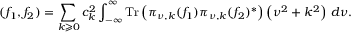
( f _ { 1 } , f _ { 2 } ) = \sum _ { k \geqslant 0 } c _ { k } ^ { 2 } \int _ { - \infty } ^ { \infty } \operatorname { T r } \left( \pi _ { \nu , k } ( f _ { 1 } ) \pi _ { \nu , k } ( f _ { 2 } ) ^ { * } \right) \left( \nu ^ { 2 } + k ^ { 2 } \right) \, d \nu .